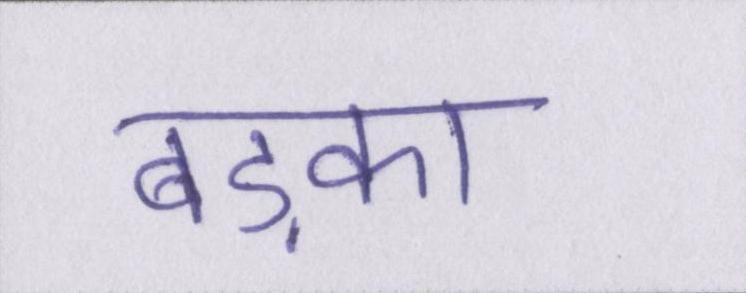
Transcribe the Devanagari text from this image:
बड़का